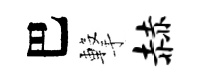
巴撃赫